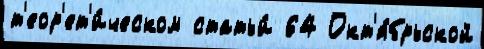
т'еор'ет'и́ческом статьи́ 64 Окт'я́брьской